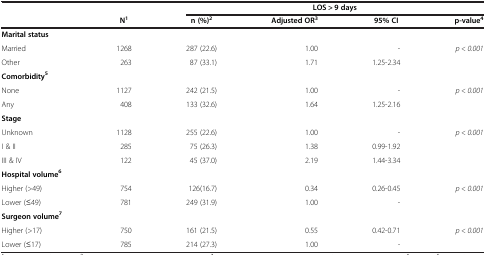
|  |  | <COLSPAN=4> LOS > 9 days |
 |  | N1 | n (%)2 | Adjusted OR3 | 95% CI | p-value4 |
 | --- | --- | --- | --- | --- | --- |
 | Marital status |  |  |  |  |  |
 | Married | 1268 | 287 (22.6) | 1.00 | - | <ROWSPAN=2> p < 0.001 |
 | Other | 263 | 87 (33.1) | 1.71 | 1.25-2.34 |
 | Comorbidity5 |  |  |  |  |  |
 | None | 1127 | 242 (21.5) | 1.00 | - | <ROWSPAN=2> p < 0.001 |
 | Any | 408 | 133 (32.6) | 1.64 | 1.25-2.16 |
 | Stage |  |  |  |  |  |
 | Unknown | 1128 | 255 (22.6) | 1.00 | - | <ROWSPAN=3> p < 0.001 |
 | I & II | 285 | 75 (26.3) | 1.38 | 0.99-1.92 |
 | III & IV | 122 | 45 (37.0) | 2.19 | 1.44-3.34 |
 | Hospital volume6 |  |  |  |  |  |
 | Higher (>49) | 754 | 126(16.7) | 0.34 | 0.26-0.45 | <ROWSPAN=2> p < 0.001 |
 | Lower (≤49) | 781 | 249 (31.9) | 1.00 | - |
 | Surgeon volume7 |  |  |  |  |  |
 | Higher (>17) | 750 | 161 (21.5) | 0.55 | 0.42-0.71 | p < 0.001 |
 | Lower (≤17) | 785 | 214 (27.3) | 1.00 | - |  |